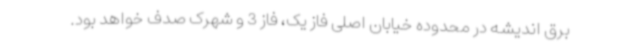
برق اندیشه در محدوده خیابان اصلی فاز یک، فاز 3 و شهرک صدف خواهد بود.